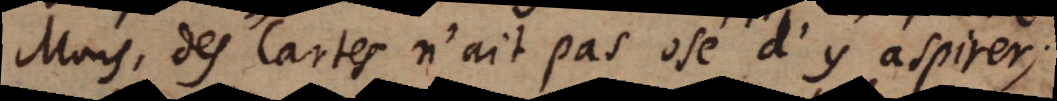
Mons. des Cartes n’ait pas osé d’y aspirer;